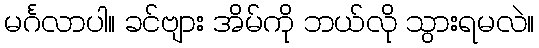
မင်္ဂလာပါ။ ခင်ဗျား အိမ်ကို ဘယ်လို သွားရမလဲ။